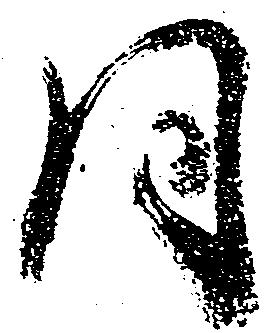
同